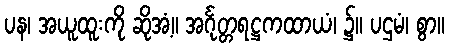
ပန၊ အယူထူးကို ဆိုအံ့။ အင်္ဂုတ္တရဋ္ဌကထာယံ၊ ၌။ ပဌမံ၊ စွာ။